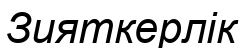
Зияткерлік